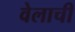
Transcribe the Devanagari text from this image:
वेलाची